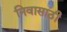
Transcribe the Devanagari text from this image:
निवासाठी